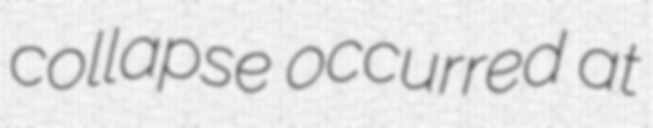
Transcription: collapse occurred at